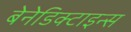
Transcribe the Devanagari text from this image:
बेनेडिक्टाइन्स